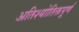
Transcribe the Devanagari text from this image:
अतिश्योतिक्तपूर्ण